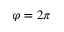
\varphi = 2 \pi